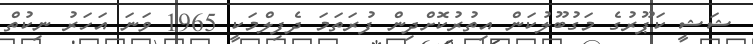
ޝަޝީ ކަޕޫރުގެ މަގުބޫލުކަން އިތުރުކޮށްދިން ފުރަތަމަ ދެފިލްމަކީ 1965 ވަނަ އަހަރު ނިކުތް